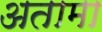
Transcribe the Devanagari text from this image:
अतामा